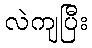
လဲကျပြီး